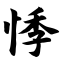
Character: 悸